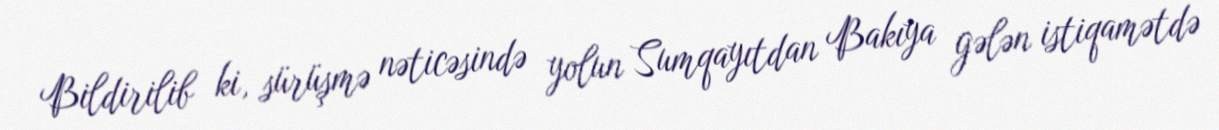
Bildirilib ki, sürüşmə nəticəsində yolun Sumqayıtdan Bakıya gələn istiqamətdə